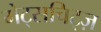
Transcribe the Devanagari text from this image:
मेट्सचिट्ज़